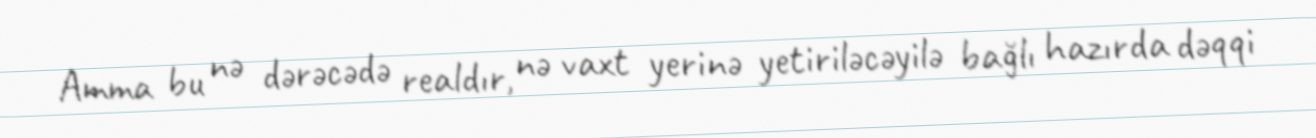
Amma bu nə dərəcədə realdır, nə vaxt yerinə yetiriləcəyilə bağlı hazırda dəqqi